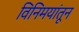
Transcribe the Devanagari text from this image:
विनिमयांतून